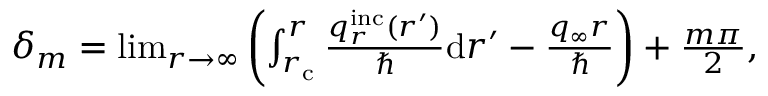
\begin{array} { r } { \delta _ { m } = \operatorname* { l i m } _ { r \to \infty } \left( \int _ { r _ { \mathrm { c } } } ^ { r } \frac { q _ { r } ^ { \mathrm { i n c } } ( r ^ { \prime } ) } { \hbar } \mathrm { d } r ^ { \prime } - \frac { q _ { \infty } r } { \hbar } \right) + \frac { m \pi } { 2 } , } \end{array}